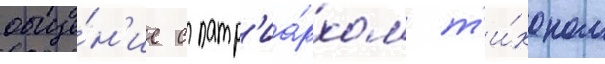
обще́н'ие с патр'иа́рхом т'и́хоном